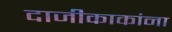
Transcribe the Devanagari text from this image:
दाजीकाकांना